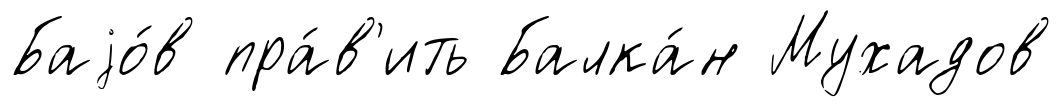
Баjо́в пра́в'ить Балка́н Мухадов